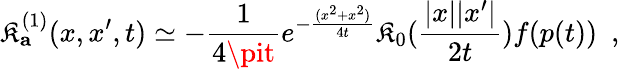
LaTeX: \mathfrak{K}_{\mathbf{a}}^{(1)}(x,x^{\prime},t)\simeq-{\frac{{1}}{{4\pit}}}e^{-{\frac{{(x^{2}+x^{2})}}{{4t}}}}\mathfrak{K}_{0}({\frac{{|x||x^{\prime}|}}{{2t}}})f(p(t))~~,